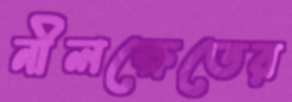
নীলক্ষেতের